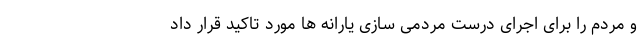
و مردم را برای اجرای درست مردمی سازی یارانه ها مورد تاکید قرار داد